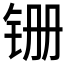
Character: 𫟶